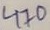
Text: 470